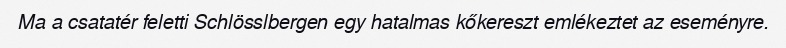
Ma a csatatér feletti Schlösslbergen egy hatalmas kőkereszt emlékeztet az eseményre.